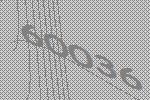
60036